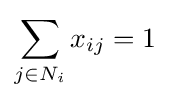
\sum _{j\in N_{i}}x_{ij}=1